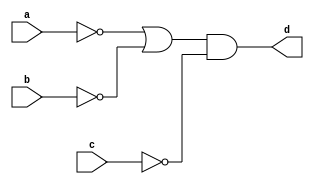
`timescale 1ns / 1ps
//////////////////////////////////////////////////////////////////////////////////
// Company: 
// Engineer: 
// 
// Design Name: 
// Module Name: demog1
// Project Name: 
// Target Devices: 
// Tool Versions: 
// Description: 
// 
// Dependencies: 
// 
// Revision:
// Revision 0.01 - File Created
// Additional Comments:
// 
//////////////////////////////////////////////////////////////////////////////////


module demog1(
    input a,b,c,
    output d
    );
    assign d = (~a|~b)&~c;
endmodule